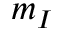
m _ { I }